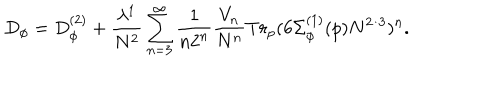
D _ { \phi } = D _ { \phi } ^ { ( 2 ) } + \frac { \lambda ^ { 1 } } { N ^ { 2 } } \sum _ { n = 3 } ^ { \infty } \frac { 1 } { n 2 ^ { n } } \frac { V _ { n } } { N ^ { n } } T r _ { p } ( 6 \Sigma _ { \phi } ^ { ( 1 ) } ( p ) N ^ { 2 / 3 } ) ^ { n } .